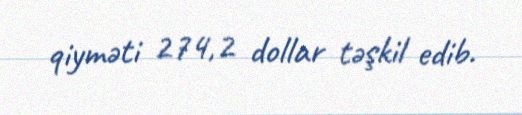
qiyməti 274,2 dollar təşkil edib.